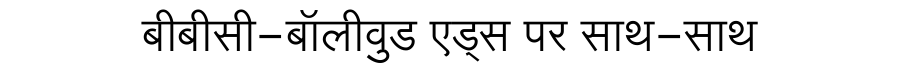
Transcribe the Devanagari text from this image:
बीबीसी-बॉलीवुड एड्स पर साथ-साथ